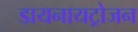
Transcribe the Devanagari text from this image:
डायनायट्रोजन